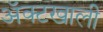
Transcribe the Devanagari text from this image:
ॲक्टखाली